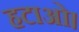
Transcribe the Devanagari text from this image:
हटाओ।